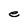
Character: e